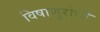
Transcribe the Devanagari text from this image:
विषाणुरोधी